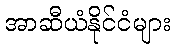
အာဆီယံနိုင်ငံများ